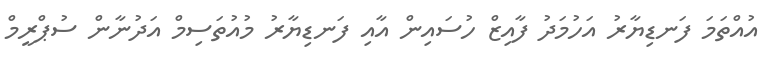
އުއްތަމަ ފަނޑިޔާރު އަހުމަދު ފާއިޒް ހުސައިން އާއި ފަނޑިޔާރު މުއުތަސިމް އަދުނާން ސުޕްރީމް